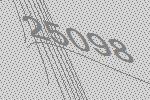
25098